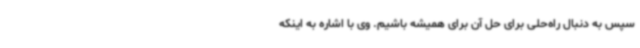
سپس به دنبال راه‌حلی برای حل آن برای همیشه باشیم. وی با اشاره به اینکه